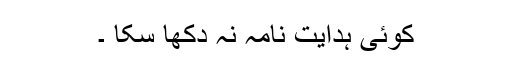
کوئی ہدایت نامہ نہ دکھا سکا ۔